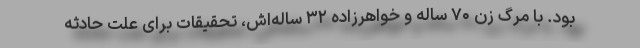
بود. با مرگ زن ۷۰ ساله و خواهرزاده ۳۲ ساله‌اش، تحقیقات برای علت حادثه